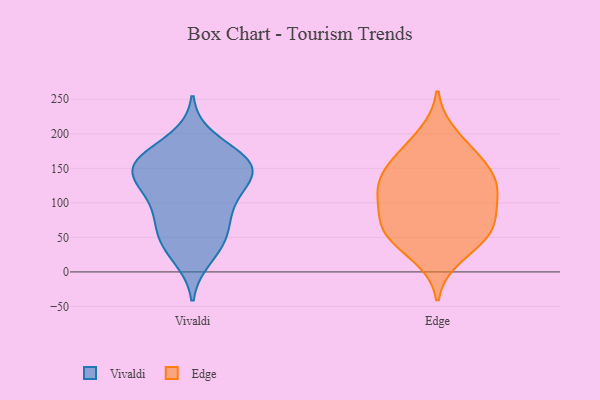
{"axis": {"x": "Waste Production (Tons)", "y": "Value"}, "legend": ["Edge", "Vivaldi"], "data": [{"x": "", "y": 87, "type": "Vivaldi"}, {"x": "", "y": 114, "type": "Vivaldi"}, {"x": "", "y": 99, "type": "Vivaldi"}, {"x": "", "y": 60, "type": "Vivaldi"}, {"x": "", "y": 160, "type": "Vivaldi"}, {"x": "", "y": 193, "type": "Vivaldi"}, {"x": "", "y": 147, "type": "Vivaldi"}, {"x": "", "y": 140, "type": "Vivaldi"}, {"x": "", "y": 34, "type": "Vivaldi"}, {"x": "", "y": 148, "type": "Vivaldi"}, {"x": "", "y": 65, "type": "Vivaldi"}, {"x": "", "y": 161, "type": "Vivaldi"}, {"x": "", "y": 20, "type": "Vivaldi"}, {"x": "", "y": 148, "type": "Vivaldi"}, {"x": "", "y": 152, "type": "Vivaldi"}, {"x": "", "y": 116, "type": "Vivaldi"}, {"x": "", "y": 48, "type": "Vivaldi"}, {"x": "", "y": 171, "type": "Vivaldi"}, {"x": "", "y": 20, "type": "Edge"}, {"x": "", "y": 112, "type": "Edge"}, {"x": "", "y": 181, "type": "Edge"}, {"x": "", "y": 163, "type": "Edge"}, {"x": "", "y": 98, "type": "Edge"}, {"x": "", "y": 35, "type": "Edge"}, {"x": "", "y": 122, "type": "Edge"}, {"x": "", "y": 144, "type": "Edge"}, {"x": "", "y": 200, "type": "Edge"}, {"x": "", "y": 59, "type": "Edge"}, {"x": "", "y": 67, "type": "Edge"}, {"x": "", "y": 144, "type": "Edge"}, {"x": "", "y": 151, "type": "Edge"}, {"x": "", "y": 110, "type": "Edge"}, {"x": "", "y": 115, "type": "Edge"}, {"x": "", "y": 64, "type": "Edge"}, {"x": "", "y": 56, "type": "Edge"}, {"x": "", "y": 68, "type": "Edge"}]}